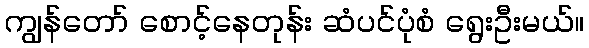
ကျွန်တော် စောင့်နေတုန်း ဆံပင်ပုံစံ ရွေးဦးမယ်။